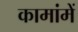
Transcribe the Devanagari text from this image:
कामांमें